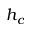
h _ { c }